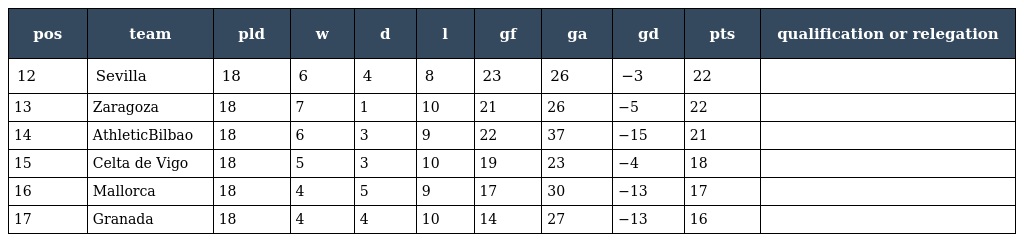
| pos | team | pld | w | d | l | gf | ga | gd | pts | qualification or relegation |
 | --- | --- | --- | --- | --- | --- | --- | --- | --- | --- | --- |
 | 12 | Sevilla | 18 | 6 | 4 | 8 | 23 | 26 | −3 | 22 |  |
 | 13 | Zaragoza | 18 | 7 | 1 | 10 | 21 | 26 | −5 | 22 |  |
 | 14 | AthleticBilbao | 18 | 6 | 3 | 9 | 22 | 37 | −15 | 21 |  |
 | 15 | Celta de Vigo | 18 | 5 | 3 | 10 | 19 | 23 | −4 | 18 |  |
 | 16 | Mallorca | 18 | 4 | 5 | 9 | 17 | 30 | −13 | 17 |  |
 | 17 | Granada | 18 | 4 | 4 | 10 | 14 | 27 | −13 | 16 |  |